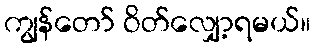
ကျွန်တော် ဝိတ်လျှော့ရမယ်။